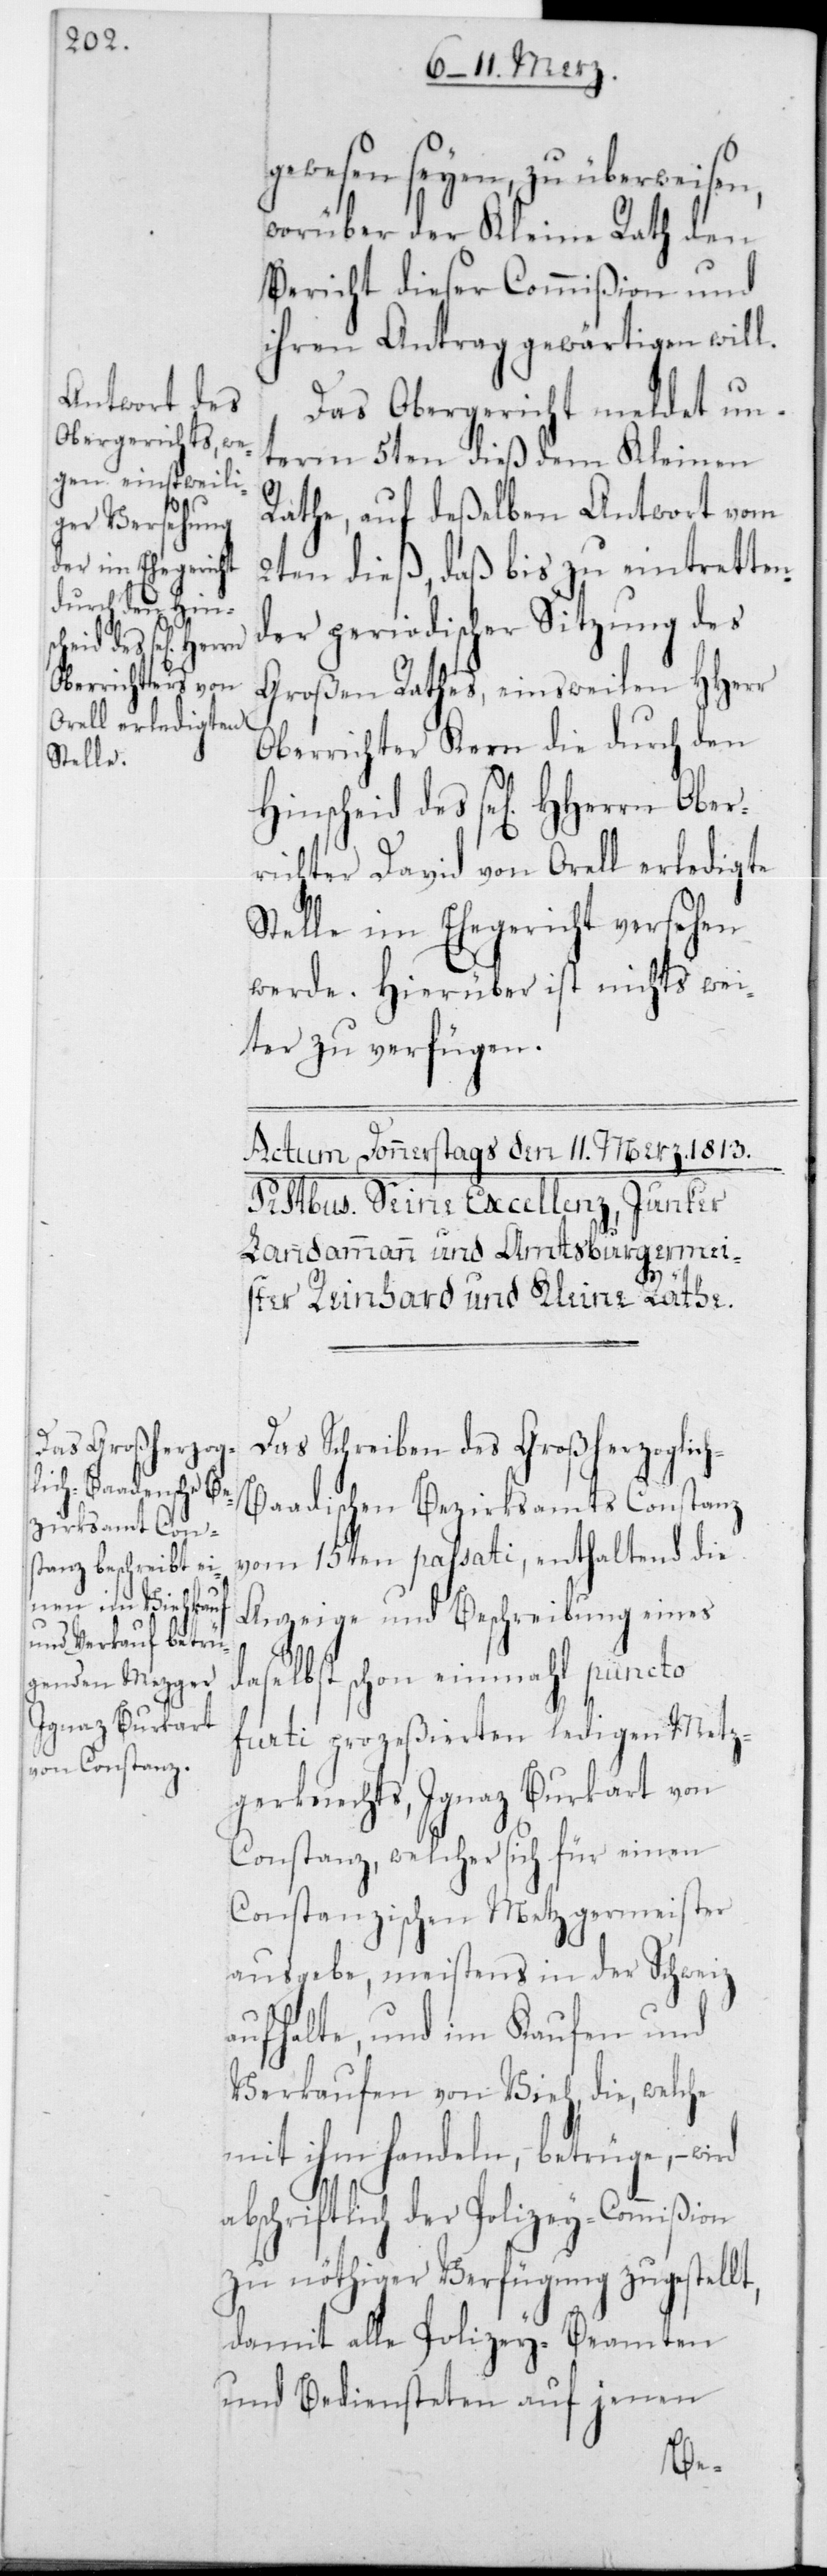
t,

gewesen seyen, zu überweisen,
worüber der Kleine Rath den
Bericht dieser Commißion und
ihren Antrag gewärtigen will.
Das Obergericht meldet un¬
term 5ten dieß dem Kleinen
Rathe, auf deßelben Antwort vom
2ten dieß, daß bis zu eintretten¬
der periodischer Sitzung des
Großen Rathes, einstweilen HHerr
Oberrichter Kern die durch den
Hinscheid des sel. HHerrn Ober¬
richter David von Orell erledigte
Stelle im Ehegericht versehen
werde. Hierüber ist nichts wei¬
ter zu verfügen.
Das Schreiben des Großherzoglic¬
aadischen Bezirksamts Constanz
vom 15ten passati, enthaltend die
Anzeige und Beschreibung eines
daselbst schon einmal puncto
furti prozeßierten ledigen Metz¬
gerknechts, Ignaz Burkart von
Constanz, welcher sich für einen
Constanzischen Metzgermeister
ausgebe, meistens in der Schweiz
aufhalte, und im Kaufen und
Verkaufen von Vieh, die, welche
mit ihm handeln, betrüge, – wird
abschriftlich der Polizey-Commißion
zu nöthiger Verfügung zugestell¬
damit alle Polizey-Beamten
und Bediensteten auf jenen
h-B¬